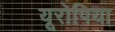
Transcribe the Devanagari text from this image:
यूरोपिया